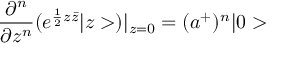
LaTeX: \frac { \partial ^ { n } } { \partial z ^ { n } } ( e ^ { \frac { 1 } { 2 } z \bar { z } } | z > ) | _ { z = 0 } = ( a ^ { + } ) ^ { n } | 0 >